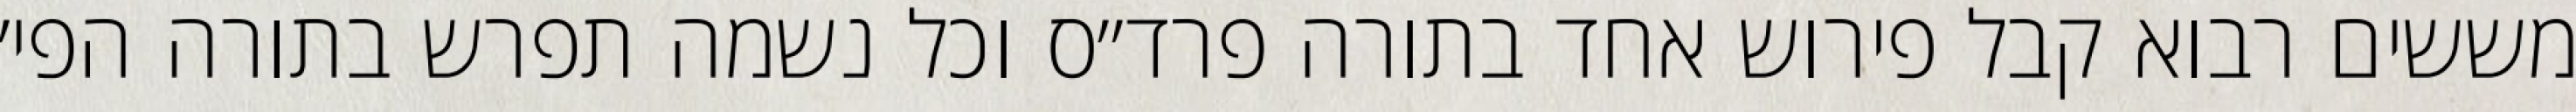
מששים רבוא קבל פירוש אחד בתורה פרד״ס וכל נשמה תפרש בתורה הפי׳